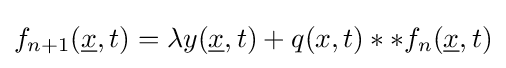
f_{n+1}({\underline {x}},t)=\lambda y({\underline {x}},t)+q(x,t)**f_{n}({\underline {x}},t)